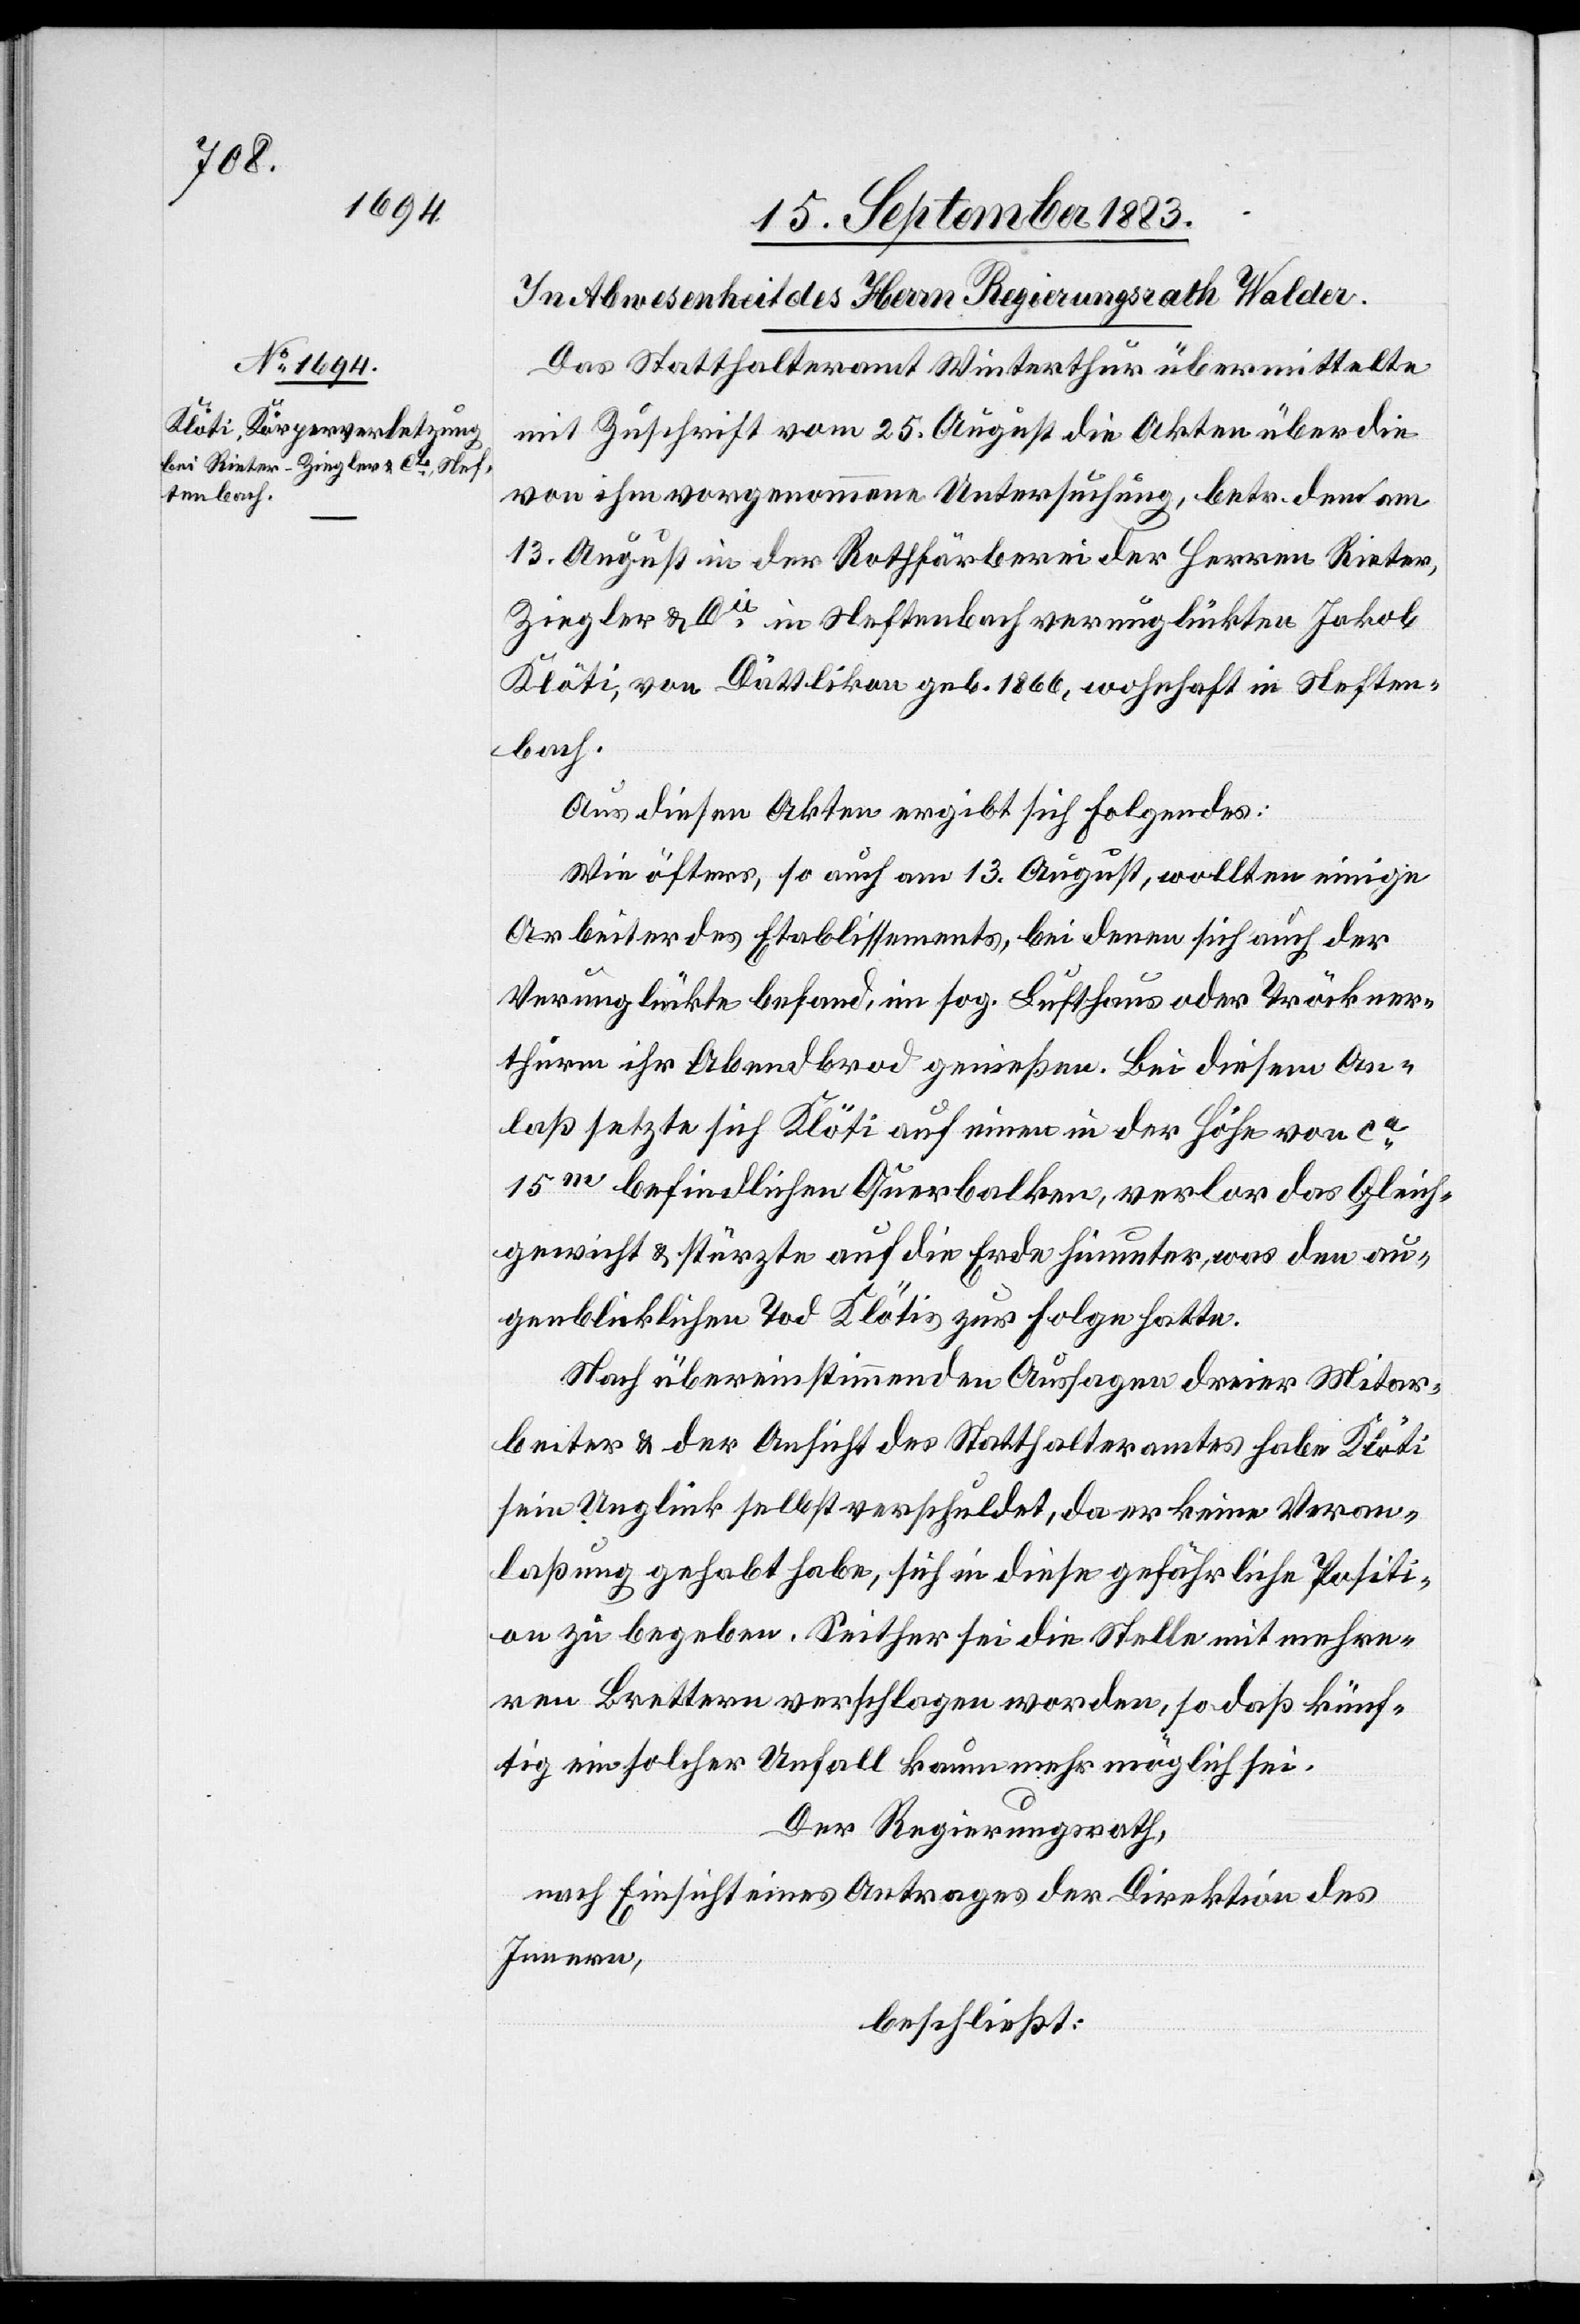
Das Statthalteramt Winterthur übermittelte
mit Zuschrift vom 25. August die Akten über die
von ihm vorgenommene Untersuchung, betr. den am
13. August in der Rothfärberei der Herren Rieter,
Ziegler & Cie in Neftenbach verunglückten Jakob
Klöti, von Dällikon geb. 1866, wohnhaft in Neften¬
bach.
Aus diesen Akten ergibt sich Folgendes:
Wie öfters, so auch am 13. August, wollten einige
Arbeiter des Etablissements, bei denen sich auch der
Verunglückte befand, im sog. Lufthaus oder Tröckner¬
thurm ihr Abendbrod genießen. Bei diesem An¬
laß setzte sich Klöti auf einen in der Höhe von ca
15m befindlichen Querbalken, verlor das Gleich¬
gewicht & stürzte auf die Erde hinunter, was den au¬
genblicklichen Tod Klötis zur Folge hatte.
Nach übereinstimmenden Aussagen dreier Mitar¬
beiter & der Ansicht des Statthalteramtes habe Klöti
sein Unglück selbst verschuldet, da er keine Veran¬
laßung gehabt habe, sich in diese gefährliche Positi¬
on zu begeben. Seither sei die Stelle mit mehre¬
ren Brettern verschlagen worden, so daß künf¬
tig ein solcher Unfall kaum mehr möglich sei.
Der Regierungsrath,
nach Einsicht eines Antrages der Direktion des
Innern,
beschließt: